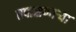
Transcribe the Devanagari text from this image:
तपासणार्‍या